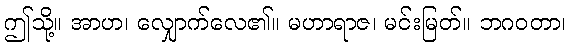
ဤသို့။ အာဟ၊ လျှောက်လေ၏။ မဟာရာဇ၊ မင်းမြတ်။ ဘဂဝတာ၊